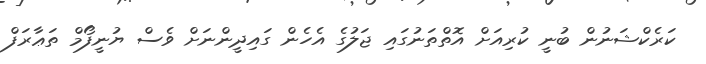
ކަރެކްޝަނުން ބުނީ ކުރިއަށް އޮތްތަނުގައި ޖަލުގެ އެހެން ގައިދީންނަށް ވެސް ޔުނީފޯމް ތަޢާރަފް